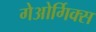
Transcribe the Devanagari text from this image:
गेओर्गिक्स